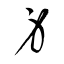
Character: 身